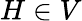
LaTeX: H\in V